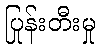
ပြုန်းတီးမှု